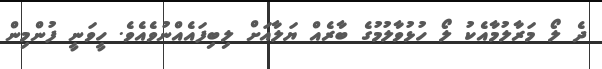
ދެ ލޯ މަރާލުމާއެކު ލޯ ހުޅުވާލުމުގެ ބާރެއް ޔަލާއަށް ލިބިފައެއްނުވެއެވެ. ހީވަނީ ފުންމިން